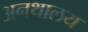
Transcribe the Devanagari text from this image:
अनथालय